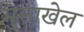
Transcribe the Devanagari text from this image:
मुसाखेल